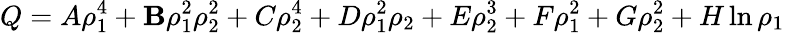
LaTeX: Q=A\rho_{1}^{4}+\mathbf{B}\rho_{1}^{2}\rho_{2}^{2}+C\rho_{2}^{4}+D\rho_{1}^{2}\rho_{2}+E\rho_{2}^{3}+F\rho_{1}^{2}+G\rho_{2}^{2}+H\ln\rho_{1}